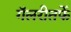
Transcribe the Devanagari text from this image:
गॅलरीतर्फे